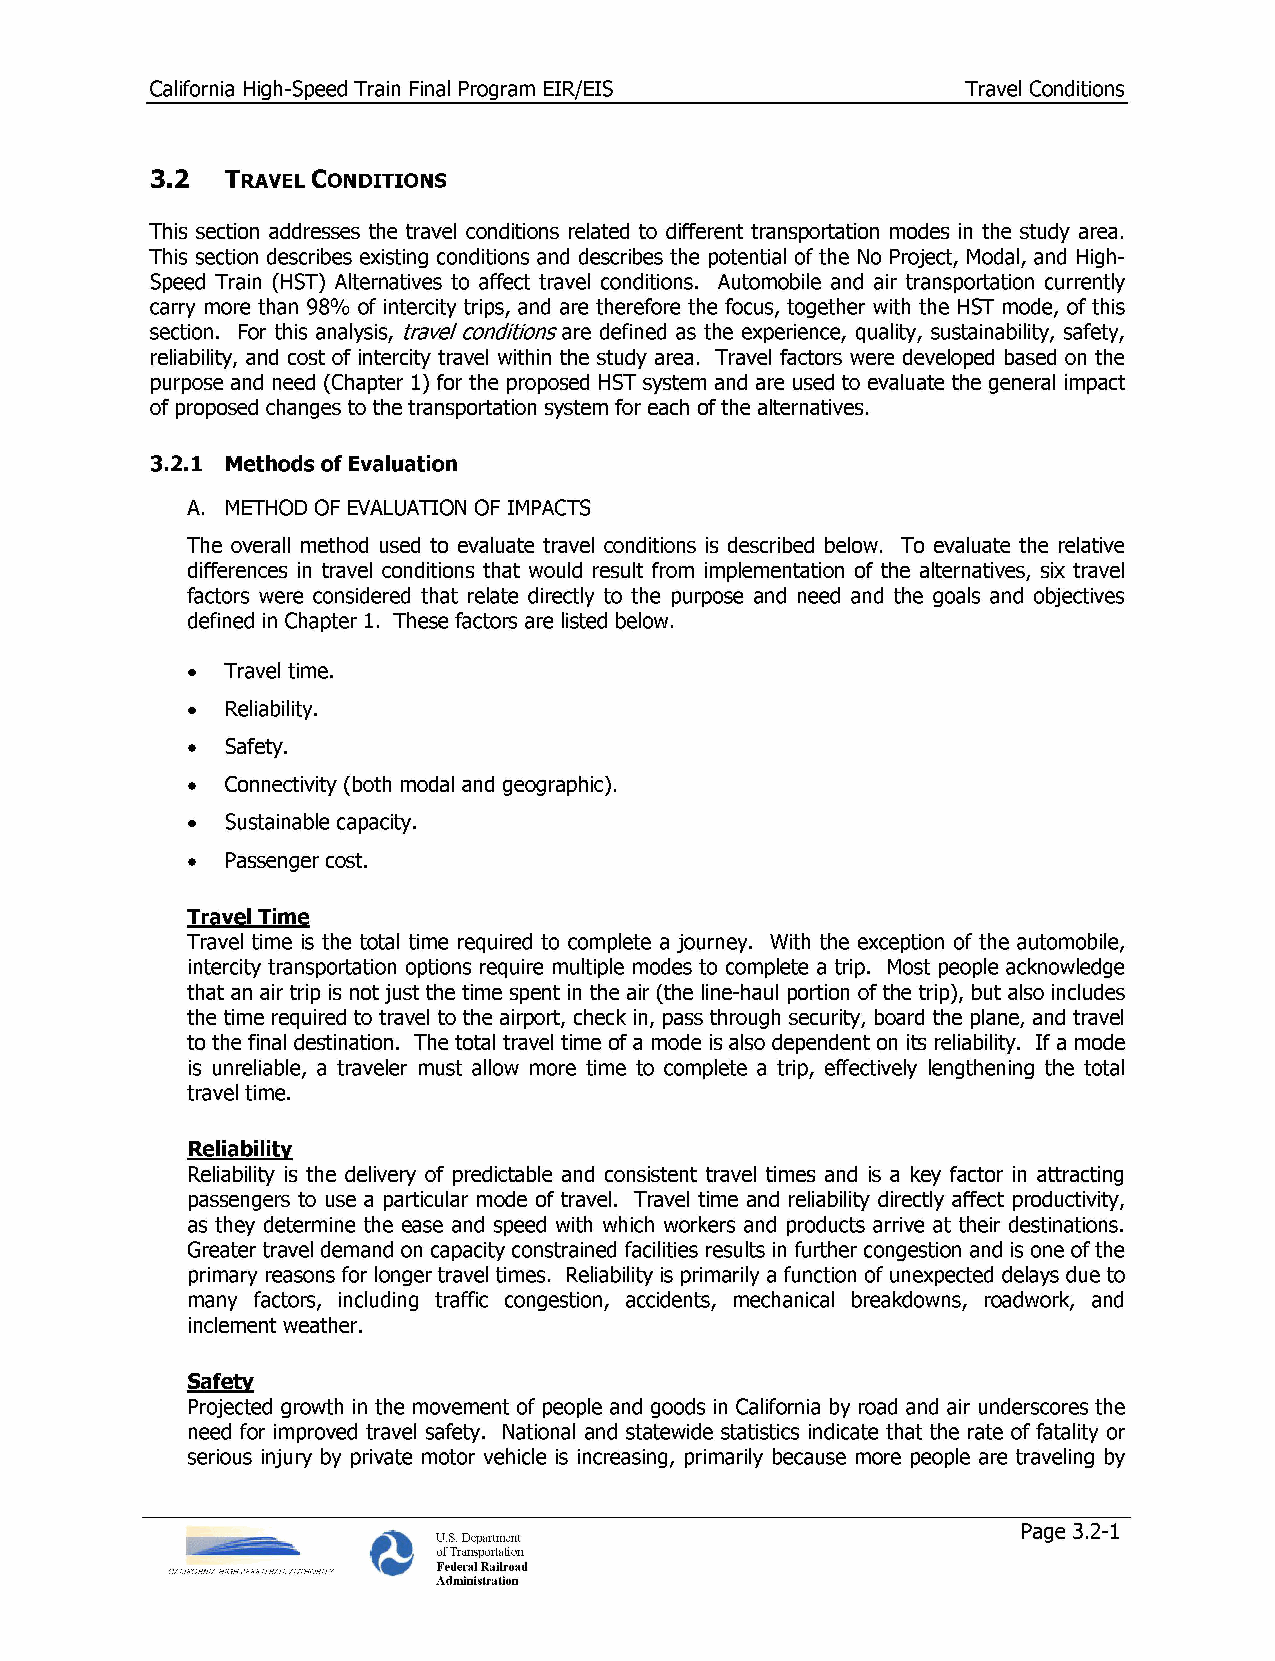
California High-Speed Train Final Program EIR/EIS     Travel Conditions
 3.2  Travel Conditions
 This section addresses the travel conditions related to different transportation modes in the study area.
 This section describes existing conditions and describes the potential of the No Project, Modal, and High­
 Speed Train (HST) Alternatives to affect travel conditions. Automobile and air transportation currently
 carry more than 98% of intercity trips, and are therefore the focus, together with the HST mode, of this
 section. For this analysis, travel conditions are defined as the experience, quality, sustainability, safety,
 reliability, and cost of intercity travel within the study area. Travel factors were developed based on the
 purpose and need (Chapter 1) for the proposed HST system and are used to evaluate the general impact
 of proposed changes to the transportation system for each of the alternatives.
 3.2.1 Methods of Evaluation
 A. METHOD OF EVALUATION OF IMPACTS
 The overall method used to evaluate travel conditions is described below. To evaluate the relative
 differences in travel conditions that would result from implementation of the alternatives, six travel
 factors were considered that relate directly to the purpose and need and the goals and objectives
 defined in Chapter 1. These factors are listed below.
 •  Travel time.
 •  Reliability.
 •  Safety.
 •  Connectivity (both modal and geographic).
 •  Sustainable capacity.
 •  Passenger cost.
 Trave! Time
 Travel time is the total time required to complete a journey. With the exception of the automobile,
 intercity transportation options require multiple modes to complete a trip. Most people acknowledge
 that an air trip is not just the time spent in the air (the line-haul portion of the trip), but also includes
 the time required to travel to the airport, check in, pass through security, board the plane, and travel
 to the final destination. The total travel time of a mode is also dependent on its reliability. If a mode
 is unreliable, a traveler must allow more time to complete a trip, effectively lengthening the total
 travel time.
 Reliability
 Reliability is the delivery of predictable and consistent travel times and is a key factor in attracting
 passengers to use a particular mode of travel. Travel time and reliability directly affect productivity,
 as they determine the ease and speed with which workers and products arrive at their destinations.
 Greater travel demand on capacity constrained facilities results in further congestion and is one of the
 primary reasons for longer travel times. Reliability is primarily a function of unexpected delays due to
 many factors, including traffic congestion, accidents, mechanical breakdowns, roadwork, and
 inclement weather.
 Safety
 Projected growth in the movement of people and goods in California by road and air underscores the
 need for improved travel safety. National and statewide statistics indicate that the rate of fatality or
 serious injury by private motor vehicle is increasing, primarily because more people are traveling by
 Page 3.2-1
 U.S. Department
 of Transportation
 CALIFORNIA HIGH SPEED RAIL AUTHORITY Federal Railroad
 Administration